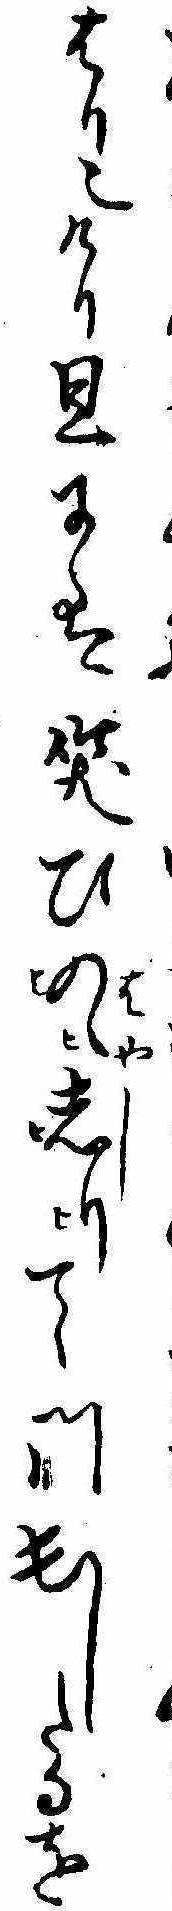
はり也けり旦には笑ひはやしのゝしりて門出したるを